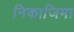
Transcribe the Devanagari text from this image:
निकाजिमा